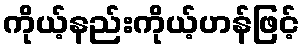
ကိုယ့်နည်းကိုယ့်ဟန်ဖြင့်